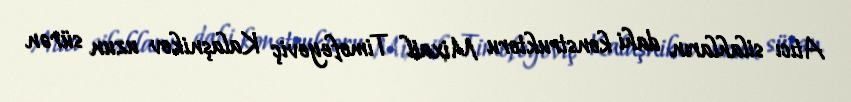
Atıcı silahların dahi konstruktoru Mixail Timofeyeviç Kalaşnikov uzun sürən